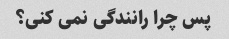
پس چرا رانندگی نمی کنی؟